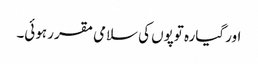
اور گیارہ توپوں کی سلامی مقرر ہوئی۔